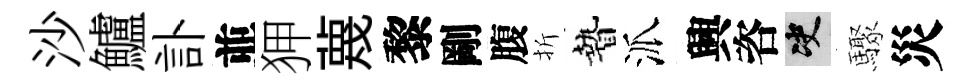
沙鱸訃並狎蔑黎剛腹折贄派興咨决驟災